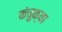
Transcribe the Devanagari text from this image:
कंचुक्या